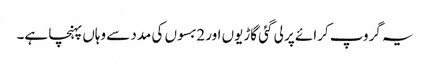
یہ گروپ کرائے پر لی گئی گاڑیوں اور 2بسوں کی مدد سے وہاں پہنچا ہے۔